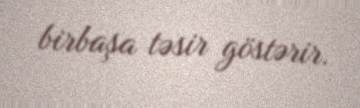
birbaşa təsir göstərir.